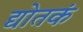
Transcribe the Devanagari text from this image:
द्योतकं